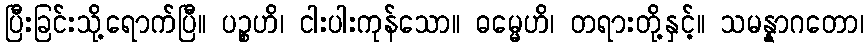
ပြီးခြင်းသို့ရောက်ပြီ။ ပဉ္စဟိ၊ ငါးပါးကုန်သော။ ဓမ္မေဟိ၊ တရားတို့နှင့်။ သမန္နာဂတော၊